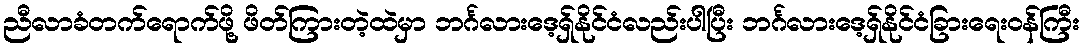
ညီလာခံတက်ရောက်ဖို့ ဖိတ်ကြားတဲ့ထဲမှာ ဘင်္ဂလားဒေ့ရှ်နိုင်ငံလည်းပါပြီး ဘင်္ဂလားဒေ့ရှ်နိုင်ငံခြားရေးဝန်ကြီး